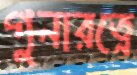
গুনারত্নে